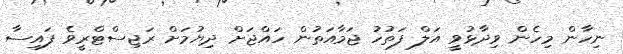
ނިހާން މިހެން ވިދާޅުވީ އަލް ފަތުހު ޖަމާއަތުން ހައްޖަށް ދިޔުމަށް ރަޖިސްޓްރީވެ ފައިސާ